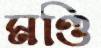
মণ্ডি